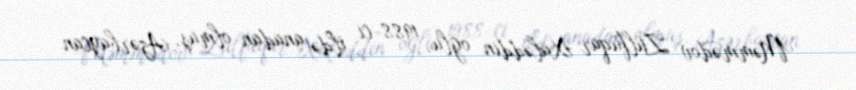
Məmmədov Zülfüqar Xaləddin oğlu, 1988-ci ildə anadan olmuş, Azərbaycan